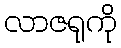
လာဇရုကို